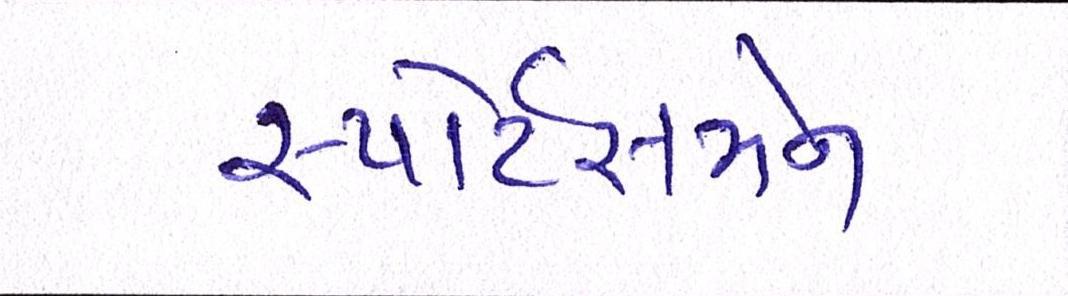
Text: સ્પોર્ટસમેન